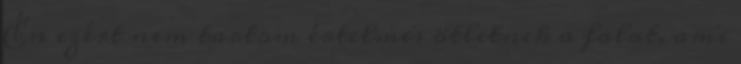
Én ezért nem tartom értelmes ötletnek a falat, ami